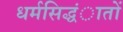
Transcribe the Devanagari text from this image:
धर्मसिद्धंातों